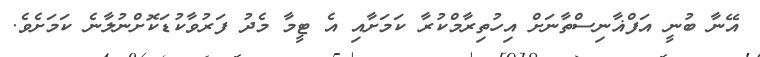
އޭނާ ބުނީ އަފްޣާނިސްތާނަށް އިހުތިރާމްކުރާ ކަމަށާއި އެ ޓީމާ މެދު ފަރުވާކުޑަކޮށްނުލާނެ ކަމަށެވެ.